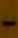
-